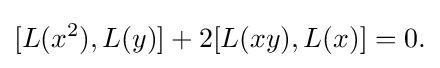
\displaystyle {[L(x^{2}),L(y)]+2[L(xy),L(x)]=0.}